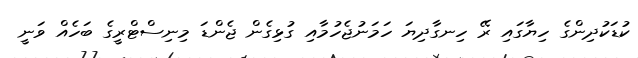
ކުޑަކުދިންގެ ހިޔާގައި ރޭ ހިނގާދިޔަ ހަމަނުޖެހުމާއި ގުޅިގެން ޖެންޑަ މިނިސްޓްރީގެ ބަހެއް ވަނީ